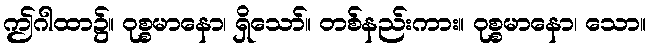
ဤဂါထာ၌။ ဝုစ္စမာနော၊ ရှိသော်။ တစ်နည်းကား။ ဝုစ္စမာနော၊ သော။